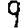
Digit: 9